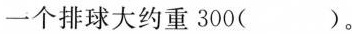
一个排球大约重300( )。